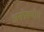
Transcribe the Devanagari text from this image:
असंप्रेषणीय